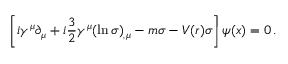
\left[ i \gamma ^ { \mu } \partial _ { \mu } + i \frac { 3 } { 2 } \gamma ^ { \mu } ( \ln \sigma ) _ { , \mu } - m \sigma - V ( r ) \sigma \right] \psi ( x ) = 0 \, { . }